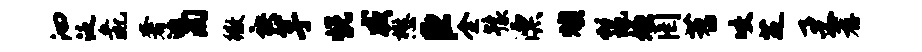
汩泛彘奢邀淘徽袂芋悦威懋臣全豫漂燠鬣嫌罔苕咬芝柔荐